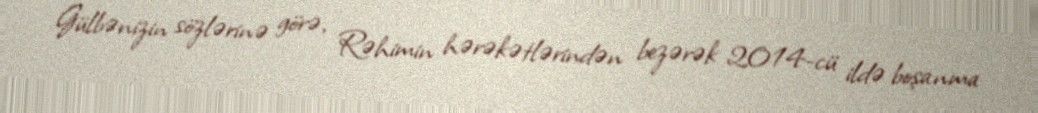
Gülbənizin sözlərinə görə, Rəhimin hərəkətlərindən bezərək 2014-cü ildə boşanma